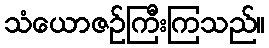
သံယောဇဉ်ကြီးကြသည်။